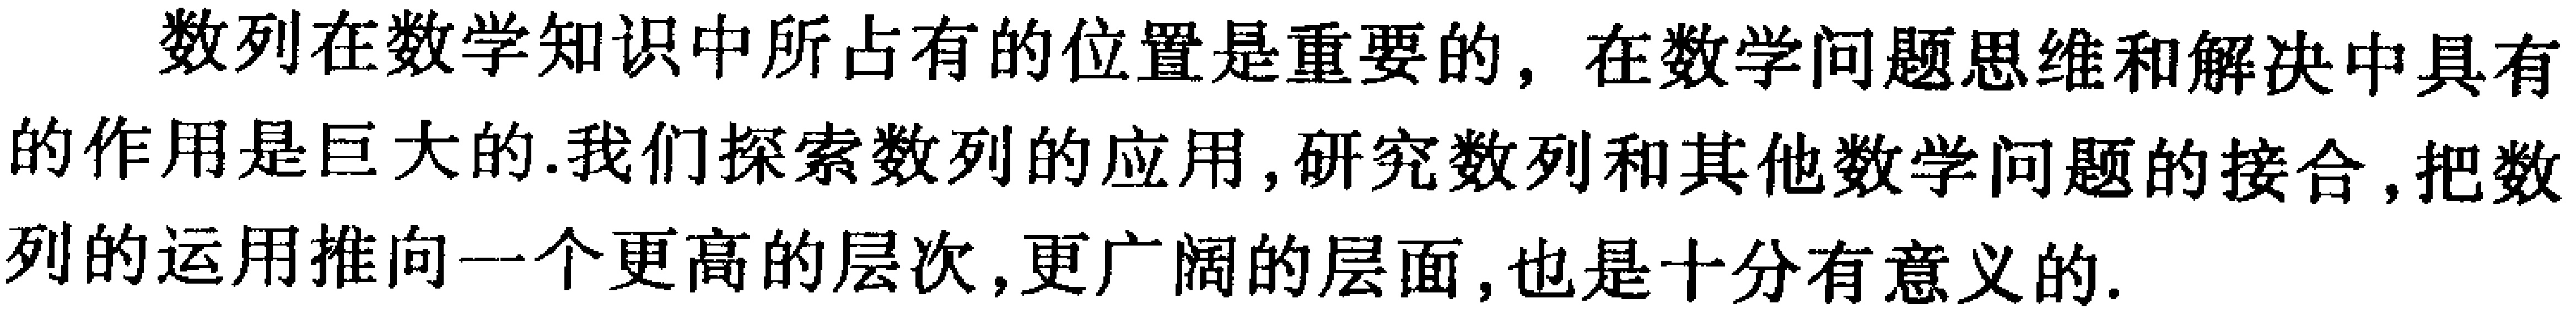
数列在数学知识中所占有的位置是重要的，在数学问题思维和解决中具有的作用是巨大的.我们探索数列的应用,研究数列和其他数学问题的接合,把数列的运用推向一个更高的层次,更广阔的层面,也是十分有意义的.